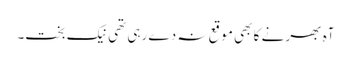
آہ بھر نے کا بھی موقع نہ دے رہی تھی نیک بخت۔